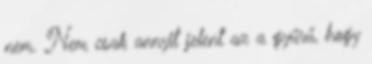
nem. Nem csak annyit jelent az a gyűrű, hogy